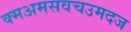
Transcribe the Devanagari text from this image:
क्मअमसवचउमदज